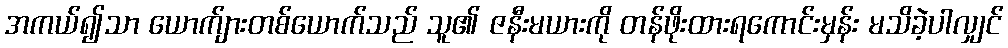
အကယ်၍သာ ယောက်ျားတစ်ယောက်သည် သူ၏ ဇနီးမယားကို တန်ဖိုးထားရကောင်းမှန်း မသိခဲ့ပါလျှင်